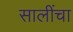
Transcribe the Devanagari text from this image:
सालींचा